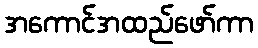
အကောင်အထည်ဖော်ကာ